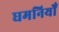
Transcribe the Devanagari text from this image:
धमनियोँ